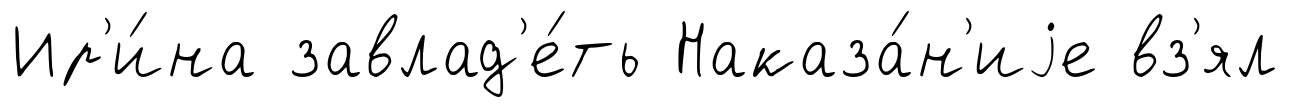
Ир'и́на завлад'е́ть Наказа́н'иjе вз'ял